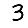
Digit: 3